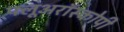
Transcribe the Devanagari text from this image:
फ्लूअरॉस्कोपी